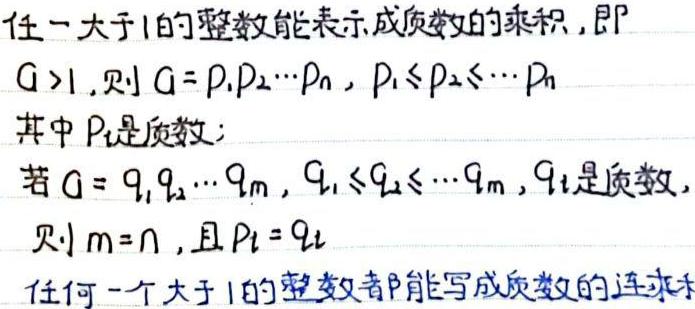
任一大于1的整数能表示成质数的乘积，即
$G > 1$，则$G = p_1p_2\cdots p_n$，$p_1\leq p_2\leq\cdots\leq p_n$
其中$p_i$是质数；
若$G = q_1q_2\cdots q_m$，$q_1\leq q_2\leq\cdots\leq q_m$，$q_i$是质数，
则$m = n$，且$p_i = q_i$
任何一个大于1的整数都能写成质数的连乘积